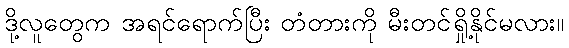
ဒို့လူတွေက အရင်ရောက်ပြီး တံတားကို မီးတင်ရှို့နိုင်မလား။